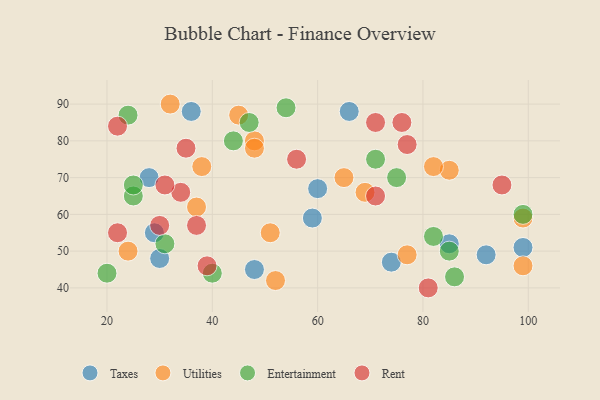
{"axis": {"x": "GDP", "y": "Life Expectancy"}, "legend": ["Entertainment", "Rent", "Taxes", "Utilities"], "data": [{"x": "28", "y": 70, "type": "Taxes"}, {"x": "99", "y": 51, "type": "Taxes"}, {"x": "60", "y": 67, "type": "Taxes"}, {"x": "29", "y": 55, "type": "Taxes"}, {"x": "85", "y": 52, "type": "Taxes"}, {"x": "59", "y": 59, "type": "Taxes"}, {"x": "92", "y": 49, "type": "Taxes"}, {"x": "48", "y": 45, "type": "Taxes"}, {"x": "36", "y": 88, "type": "Taxes"}, {"x": "30", "y": 48, "type": "Taxes"}, {"x": "74", "y": 47, "type": "Taxes"}, {"x": "66", "y": 88, "type": "Taxes"}, {"x": "45", "y": 87, "type": "Utilities"}, {"x": "85", "y": 72, "type": "Utilities"}, {"x": "51", "y": 55, "type": "Utilities"}, {"x": "99", "y": 59, "type": "Utilities"}, {"x": "52", "y": 42, "type": "Utilities"}, {"x": "65", "y": 70, "type": "Utilities"}, {"x": "32", "y": 90, "type": "Utilities"}, {"x": "38", "y": 73, "type": "Utilities"}, {"x": "99", "y": 46, "type": "Utilities"}, {"x": "48", "y": 80, "type": "Utilities"}, {"x": "24", "y": 50, "type": "Utilities"}, {"x": "48", "y": 78, "type": "Utilities"}, {"x": "37", "y": 62, "type": "Utilities"}, {"x": "77", "y": 49, "type": "Utilities"}, {"x": "82", "y": 73, "type": "Utilities"}, {"x": "69", "y": 66, "type": "Utilities"}, {"x": "20", "y": 44, "type": "Entertainment"}, {"x": "75", "y": 70, "type": "Entertainment"}, {"x": "25", "y": 65, "type": "Entertainment"}, {"x": "25", "y": 68, "type": "Entertainment"}, {"x": "99", "y": 60, "type": "Entertainment"}, {"x": "71", "y": 75, "type": "Entertainment"}, {"x": "54", "y": 89, "type": "Entertainment"}, {"x": "82", "y": 54, "type": "Entertainment"}, {"x": "40", "y": 44, "type": "Entertainment"}, {"x": "86", "y": 43, "type": "Entertainment"}, {"x": "85", "y": 50, "type": "Entertainment"}, {"x": "24", "y": 87, "type": "Entertainment"}, {"x": "31", "y": 52, "type": "Entertainment"}, {"x": "47", "y": 85, "type": "Entertainment"}, {"x": "44", "y": 80, "type": "Entertainment"}, {"x": "76", "y": 85, "type": "Rent"}, {"x": "30", "y": 57, "type": "Rent"}, {"x": "39", "y": 46, "type": "Rent"}, {"x": "95", "y": 68, "type": "Rent"}, {"x": "71", "y": 65, "type": "Rent"}, {"x": "71", "y": 85, "type": "Rent"}, {"x": "34", "y": 66, "type": "Rent"}, {"x": "35", "y": 78, "type": "Rent"}, {"x": "37", "y": 57, "type": "Rent"}, {"x": "56", "y": 75, "type": "Rent"}, {"x": "22", "y": 55, "type": "Rent"}, {"x": "81", "y": 40, "type": "Rent"}, {"x": "22", "y": 84, "type": "Rent"}, {"x": "31", "y": 68, "type": "Rent"}, {"x": "77", "y": 79, "type": "Rent"}]}